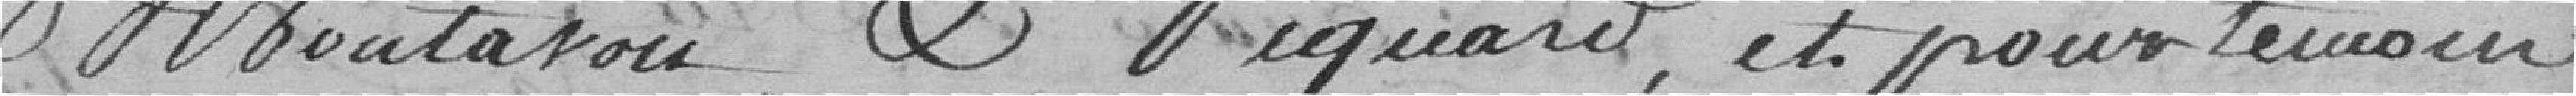
Montarou et Piquard, et pour témoin